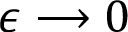
\epsilon \longrightarrow 0